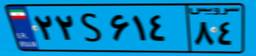
۹۵S۰۱۵۳۴